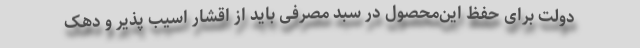
دولت برای حفظ این‌محصول در سبد مصرفی باید از اقشار اسیب پذیر و دهک